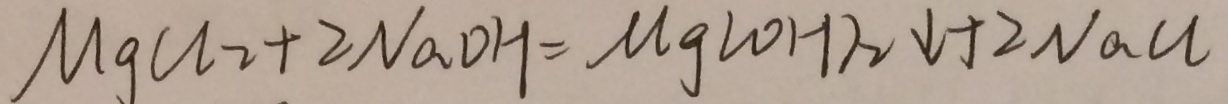
\mu g C l _ { 2 } + 2 N a O H = \mu g ( O H ) _ { 2 } \downarrow + 2 N a C l